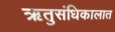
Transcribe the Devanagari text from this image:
ऋतुसंधिकालात